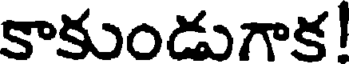
కాకుండుగాక!